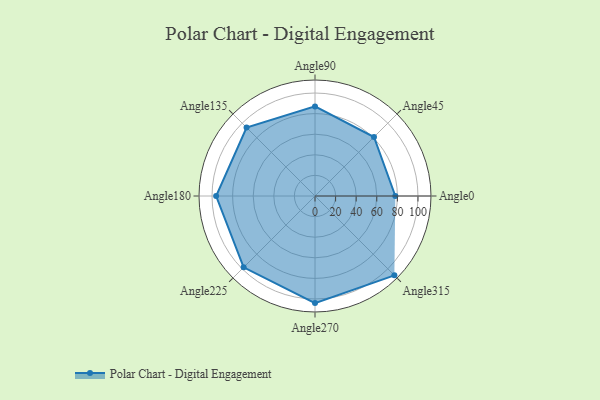
{"axis": {"x": "Angle", "y": "Radius"}, "legend": [""], "data": [{"x": "Angle0", "y": 78.0, "type": ""}, {"x": "Angle45", "y": 81.0, "type": ""}, {"x": "Angle90", "y": 87.0, "type": ""}, {"x": "Angle135", "y": 94.0, "type": ""}, {"x": "Angle180", "y": 96.0, "type": ""}, {"x": "Angle225", "y": 98.0, "type": ""}, {"x": "Angle270", "y": 104.0, "type": ""}, {"x": "Angle315", "y": 109.0, "type": ""}]}